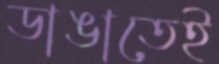
ডাঙাতেই